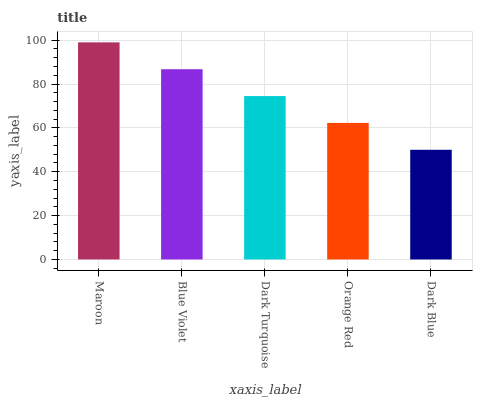
| xaxis_label | bars |
 | --- | --- |
 | Maroon | 99 |
 | Blue Violet | 86.8 |
 | Dark Turquoise | 74.5 |
 | Orange Red | 62.3 |
 | Dark Blue | 50 |